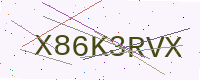
Text: X86K3RVX